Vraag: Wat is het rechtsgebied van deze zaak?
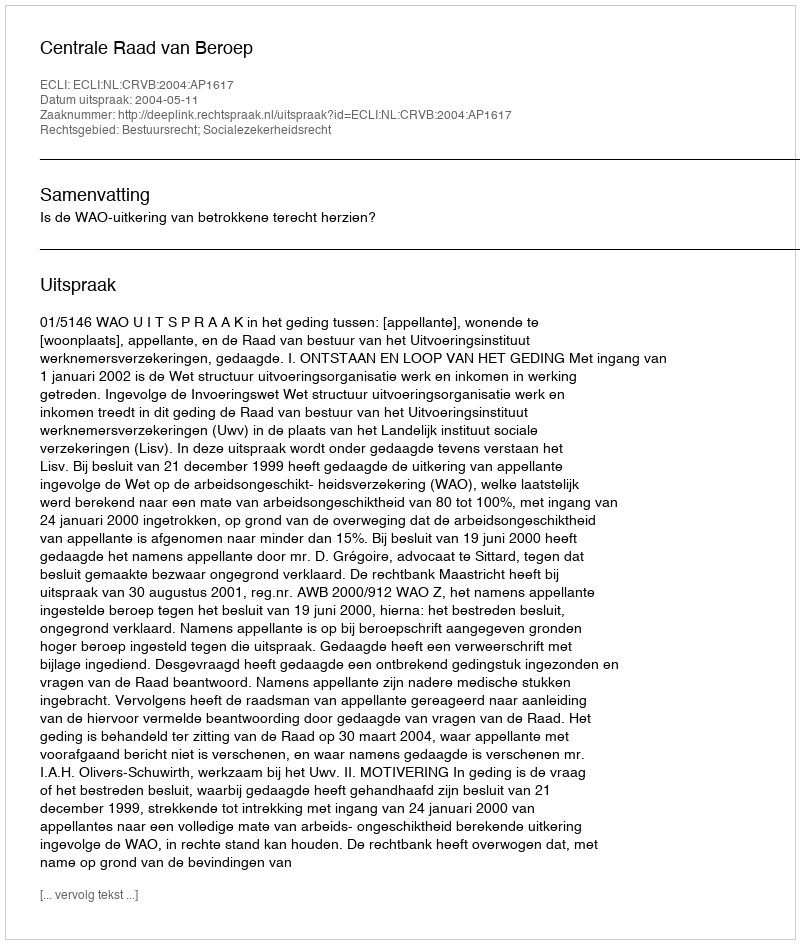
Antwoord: Bestuursrecht; Socialezekerheidsrecht